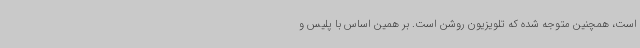
است، همچنین متوجه شده که تلویزیون روشن است. بر همین اساس با پلیس و